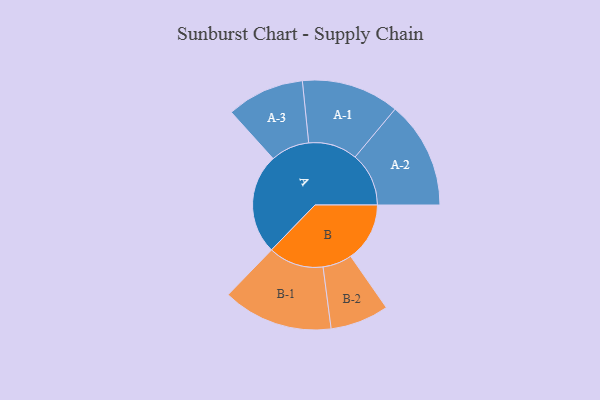
{"axis": {"x": "Segment", "y": "Value"}, "legend": ["", "A", "B"], "data": [{"x": "A", "y": 466, "type": ""}, {"x": "B", "y": 274, "type": ""}, {"x": "A-1", "y": 227, "type": "A"}, {"x": "A-2", "y": 249, "type": "A"}, {"x": "A-3", "y": 180, "type": "A"}, {"x": "B-1", "y": 256, "type": "B"}, {"x": "B-2", "y": 136, "type": "B"}]}